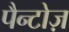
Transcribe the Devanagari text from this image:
पैन्टोज़